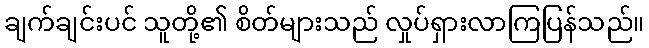
ချက်ချင်းပင် သူတို့၏ စိတ်များသည် လှုပ်ရှားလာကြပြန်သည်။